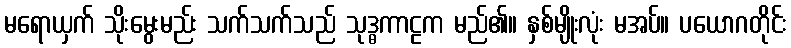
မရောယှက် သိုးမွေးမည်း သက်သက်သည် သုဒ္ဓကာဠက မည်၏။ နှစ်မျိုးလုံး မအပ်။ ပယောဂတိုင်း